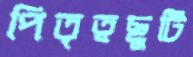
পিতৃত্বছুটি